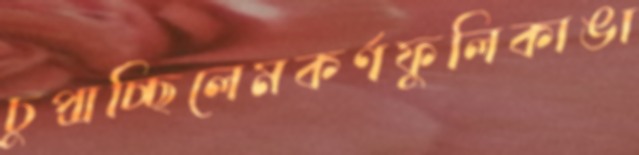
চুপ্‌সচ্ছিলেমকর্ণফুলিকাঙা